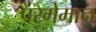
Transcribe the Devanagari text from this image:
परगेमान